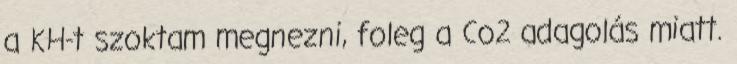
a KH-t szoktam megnezni, foleg a Co2 adagolás miatt.